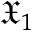
\mathfrak { X } _ { 1 }